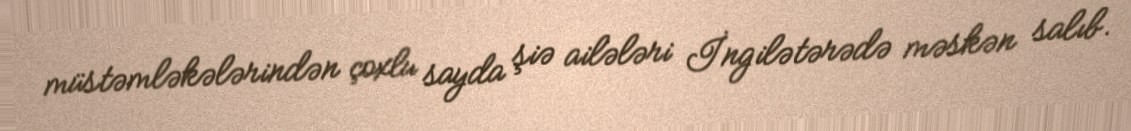
müstəmləkələrindən çoxlu sayda şiə ailələri İngilətərədə məskən salıb.